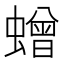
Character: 𮔿